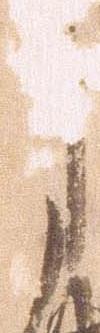
月